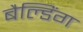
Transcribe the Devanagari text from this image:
बैल्डिंग